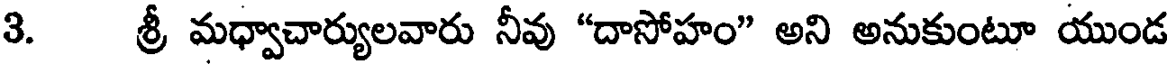
3. శ్రీ మధ్వాచార్యులవారు నీవు "దాసోహం" అని అనుకుంటూ యుండ